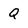
Character: Q